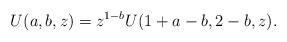
LaTeX: \begin{align*}U(a,b,z)=z^{1-b}U(1+a-b,2-b,z).\end{align*}